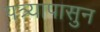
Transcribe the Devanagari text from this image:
पत्र्यापासुन